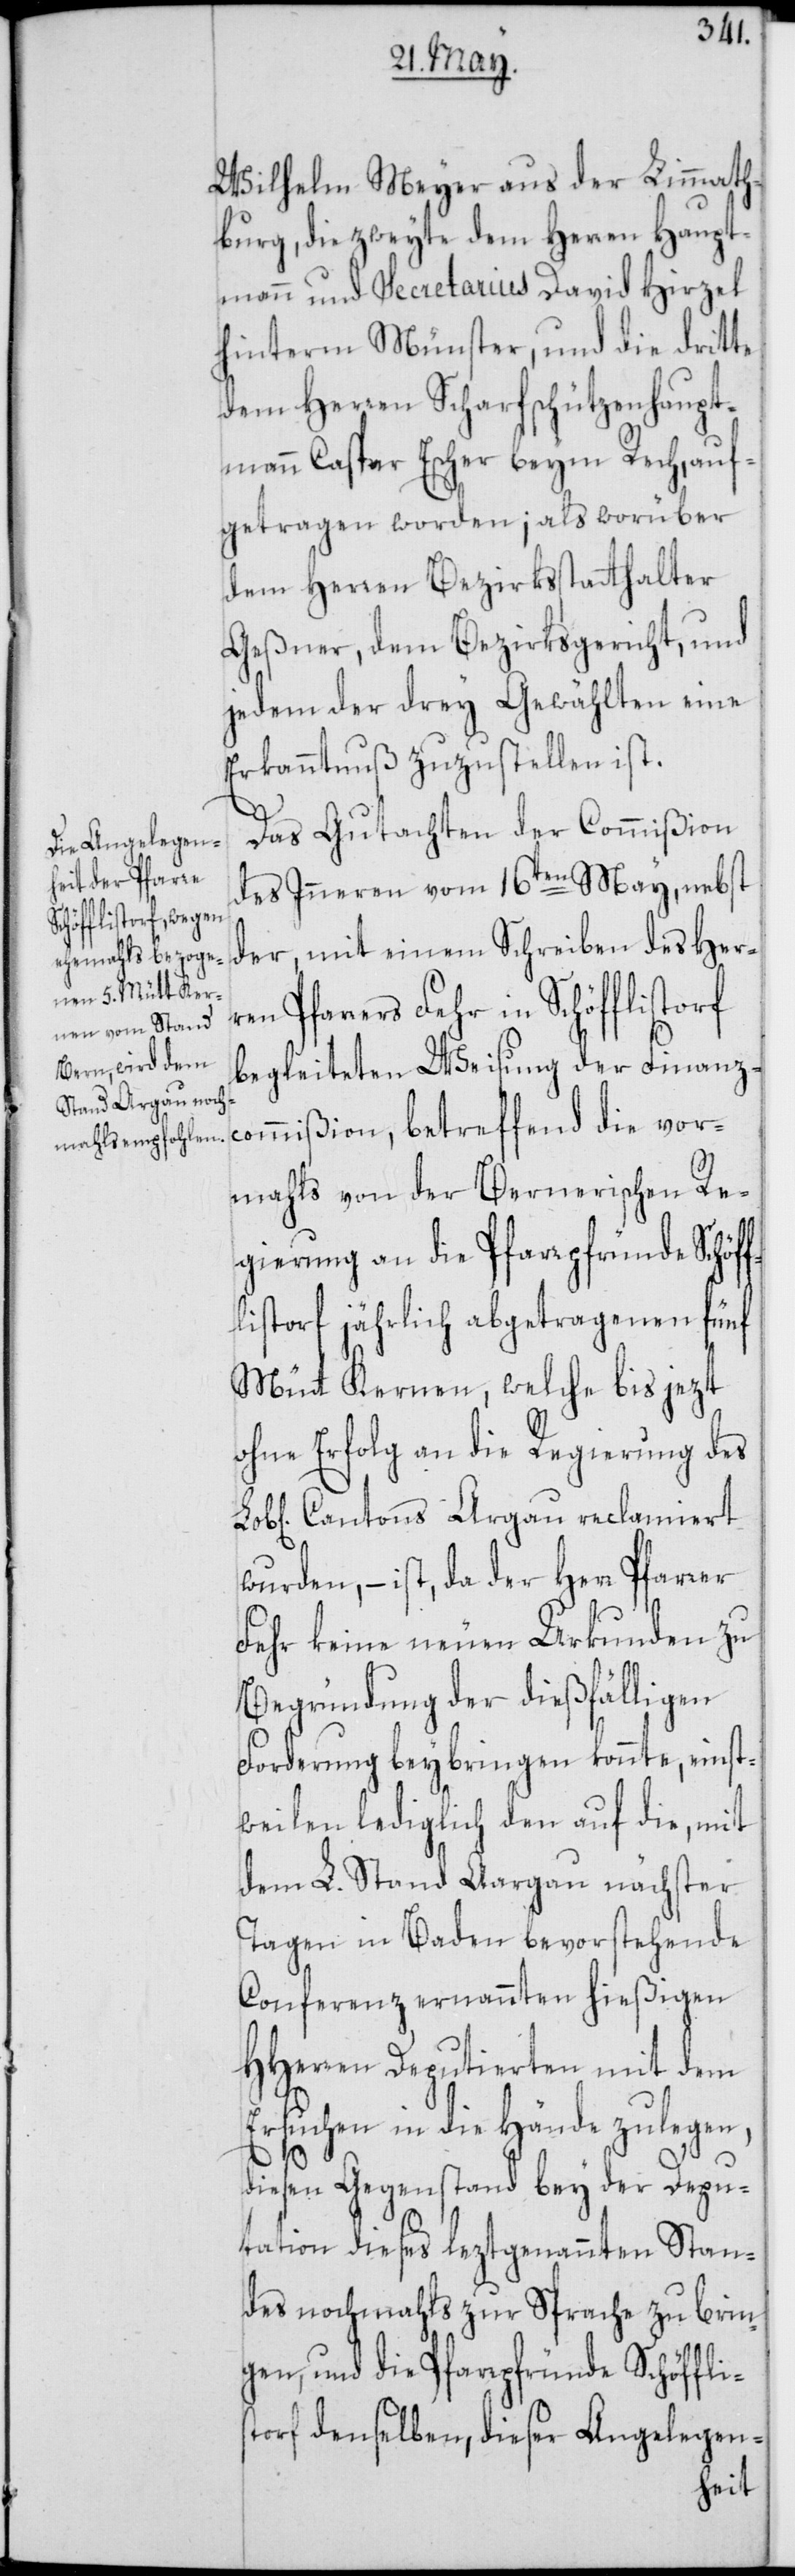
Wilhelm Meyer aus der Limmath¬
burg, die zweyte dem Herren Haupt¬
mann und Secretarius David Hirzel
hinterm Münster, und die dritte
dem Herren Scharfschützenhaupt¬
mann Caspar Escher beym Rech, auf¬
getragen worden; als worüber
dem Herren Bezirksstatthalter
Geßner, dem Bezirksgericht, und
jedem der drey Gewählten eine
Erkanntnuß zuzustellen ist.
Das Gutachten der Commißion
des Inneren vom 16ten May, nebst
der, mit einem Schreiben des Herr¬
en Pfarrers Fehr in Schöfflistorf
begleiteten Weisung der Finanz¬
commißion, betreffend die vor¬
mahls von der Bernerischen Re¬
gierung an die Pfarrpfründe Schöf¬
flistorf jährlich abgetragenen fünf
Mütt Kernen, welche bis jezt
ohne Erfolg an die Regierung des
Cantons Argau reclamiert
wurden, – ist, da der Herr Pfarrer
Fehr keine neuen Urkunden zu
Begründung der dießfälligen
Forderung beybringen konnte, einst¬
weilen lediglich den auf die, mit
dem L. Stand Aargau nächster
Tagen in Baden bevorstehende
Conferenz ernannten hießigen
HHerren Deputierten mit dem
Ersuchen in die Hände zu legen,
diesen Gegenstand bey der Depu¬
tation dieses leztgenannten Stan¬
des nochmahls zur Sprache zu brin¬
gen, und die Pfarrpfründe Schöffli¬
storf denselben, dieser Angelegen-